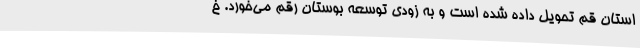
استان قم تحویل داده شده است و به زودی توسعه بوستان رقم می‌خورد. خ